Indian journal of veterinary science and animal husbandry - Volumes 22-23, 1952-1953
Year: 1952
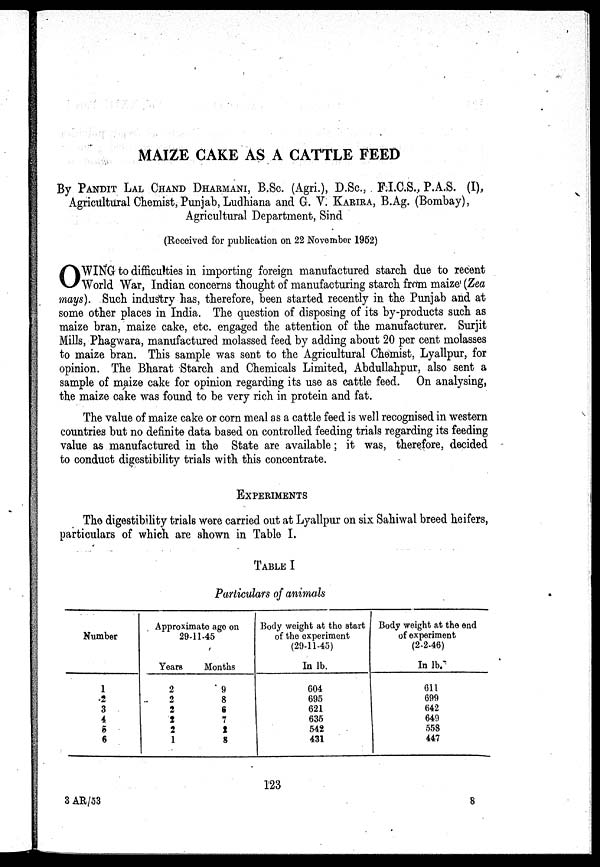
MAIZE CAKE AS A CATTLE FEED
By PANDIT LAL CHAND DHARMANI, B.SC. (Agri.), D.Sc., F.I.C.S., P.A.S. (I),
Agricultural Chemist, Punjab, Ludhiana and G. V. KARIRA, B.Ag. (Bombay),
Agricultural Department, Sind
(Received for publication on 22 November 1952)
O WING to difficulties in importing foreign manufactured starch due to recent
World War, Indian concerns thought of manufacturing starch from maize (Zea
mays). Such industry has, therefore, been started recently in the Punjab and at
some other places in India. The question of disposing of its by-products such as
maize bran, maize cake, etc. engaged the attention of the manufacturer. Surjit
Mills, Phagwara, manufactured molassed feed by adding about 20 per cent molasses
to maize bran. This sample was sent to the Agricultural Chemist, Lyallpur, for
opinion. The Bhar t Starch and Chemicals Limited, Abdullahpur, also sent a
sample of maize cake for opinion regarding its use as cattle feed. On analysing,
the maize cake was found to be very rich in protein and fat.
The value of maize cake or corn meal as a cattle feed is well recognised in western
countries but no definite data based on controlled feeding trials regarding its feeding
value as manufactured in the State are available ; it was, therefore, decided
to conduct digestibility trials with this concentrate.
EXPERIMENTS
The digestibility trials were carried out at Lyallpur on six Sahiwal breed heifers,
particulars of which are shown in Table I.
TABLE I
Particulars of animals
Number
1
2
3
4
5
6
Approximate age on
29-11-45
Years
2
2
2
2
2
1
Months
9
8
6
7
2
8
Body weight at the start
of the experiment
(29-11-45)
In lb.
604
695
621
635
542
431
Body weight at the end
of experiment
(2-2-46)
In lb.
611
699
642
649
558
447
123
3 AR/53
8